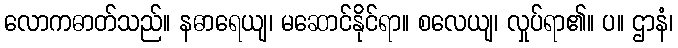
လောကဓာတ်သည်။ နဓာရေယျ၊ မဆောင်နိုင်ရာ။ စလေယျ၊ လှုပ်ရာ၏။ ပ။ ဌာနံ၊